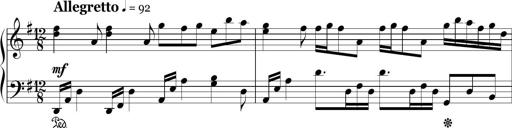
Title: Ten Piano Sonatinas
Composer: Andreas Sain